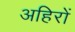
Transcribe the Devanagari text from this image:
अहिरों